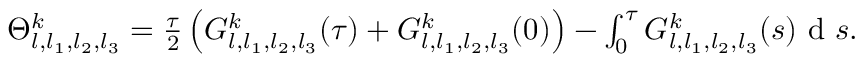
\begin{array} { r } { \Theta _ { l , l _ { 1 } , l _ { 2 } , l _ { 3 } } ^ { k } = \frac { \tau } { 2 } \left( { G } _ { l , l _ { 1 } , l _ { 2 } , l _ { 3 } } ^ { k } ( \tau ) + { G } _ { l , l _ { 1 } , l _ { 2 } , l _ { 3 } } ^ { k } ( 0 ) \right) - \int _ { 0 } ^ { \tau } G _ { l , l _ { 1 } , l _ { 2 } , l _ { 3 } } ^ { k } ( s ) \textrm { d } s . } \end{array}